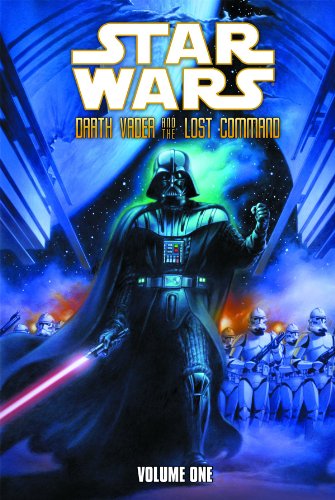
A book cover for Darth Vader and the Lost Command Volume 1 (Star Wars: Darth Vader and the Lost Command); Haden Blackman; Teen & Young Adult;